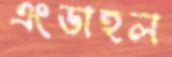
এংডাহল